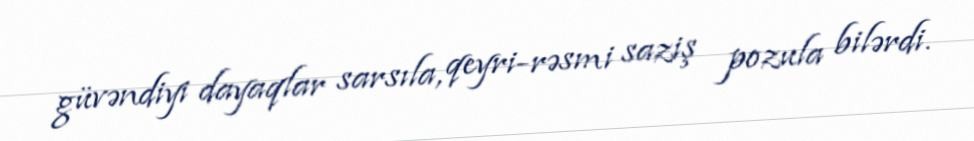
güvəndiyi dayaqlar sarsıla, qeyri-rəsmi saziş pozula bilərdi.